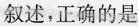
C.人的精子与卵细胞间的信息传递在内环境中完成